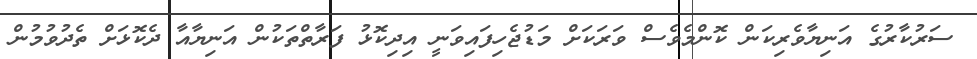
ސަރުކާރުގެ އަނިޔާވެރިކަން ކޮންމެވެސް ވަރަަކަށް މަޑުޖެހިފައިވަނީ އިދިކޮޅު ފަރާތްތަކުން އަނިޔާއާ ދެކޮޅަށް ތެދުވުމުން